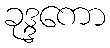
ခုဒ္ဒကော